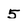
Character: 5